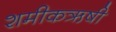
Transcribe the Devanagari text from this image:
शमीकऋषी